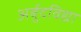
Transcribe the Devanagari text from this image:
अर्बुदविद्या